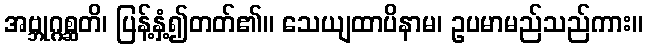
အဗ္ဘုဂ္ဂစ္ဆတိ၊ ပြန့်နှံ့၍တတ်၏။ သေယျထာပိနာမ၊ ဥပမာမည်သည်ကား။